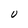
Character: U